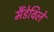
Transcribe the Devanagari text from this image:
मैंडेविले